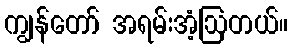
ကျွန်တော် အရမ်းအံ့ဩတယ်။